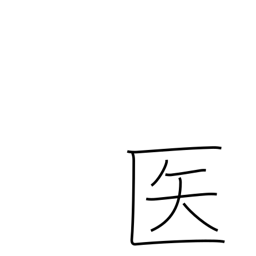
Meaning: doctor